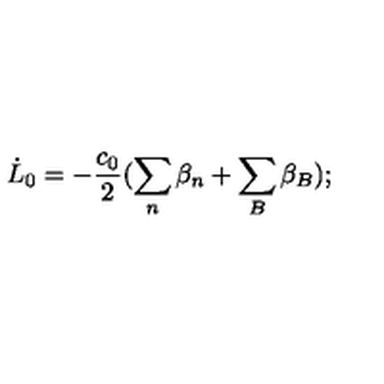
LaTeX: \dot { L } _ { 0 } = - \frac { c _ { 0 } } { 2 } ( \sum _ { n } \beta _ { n } + \sum _ { B } \beta _ { B } ) ;